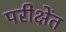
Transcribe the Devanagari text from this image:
परीक्षेंत